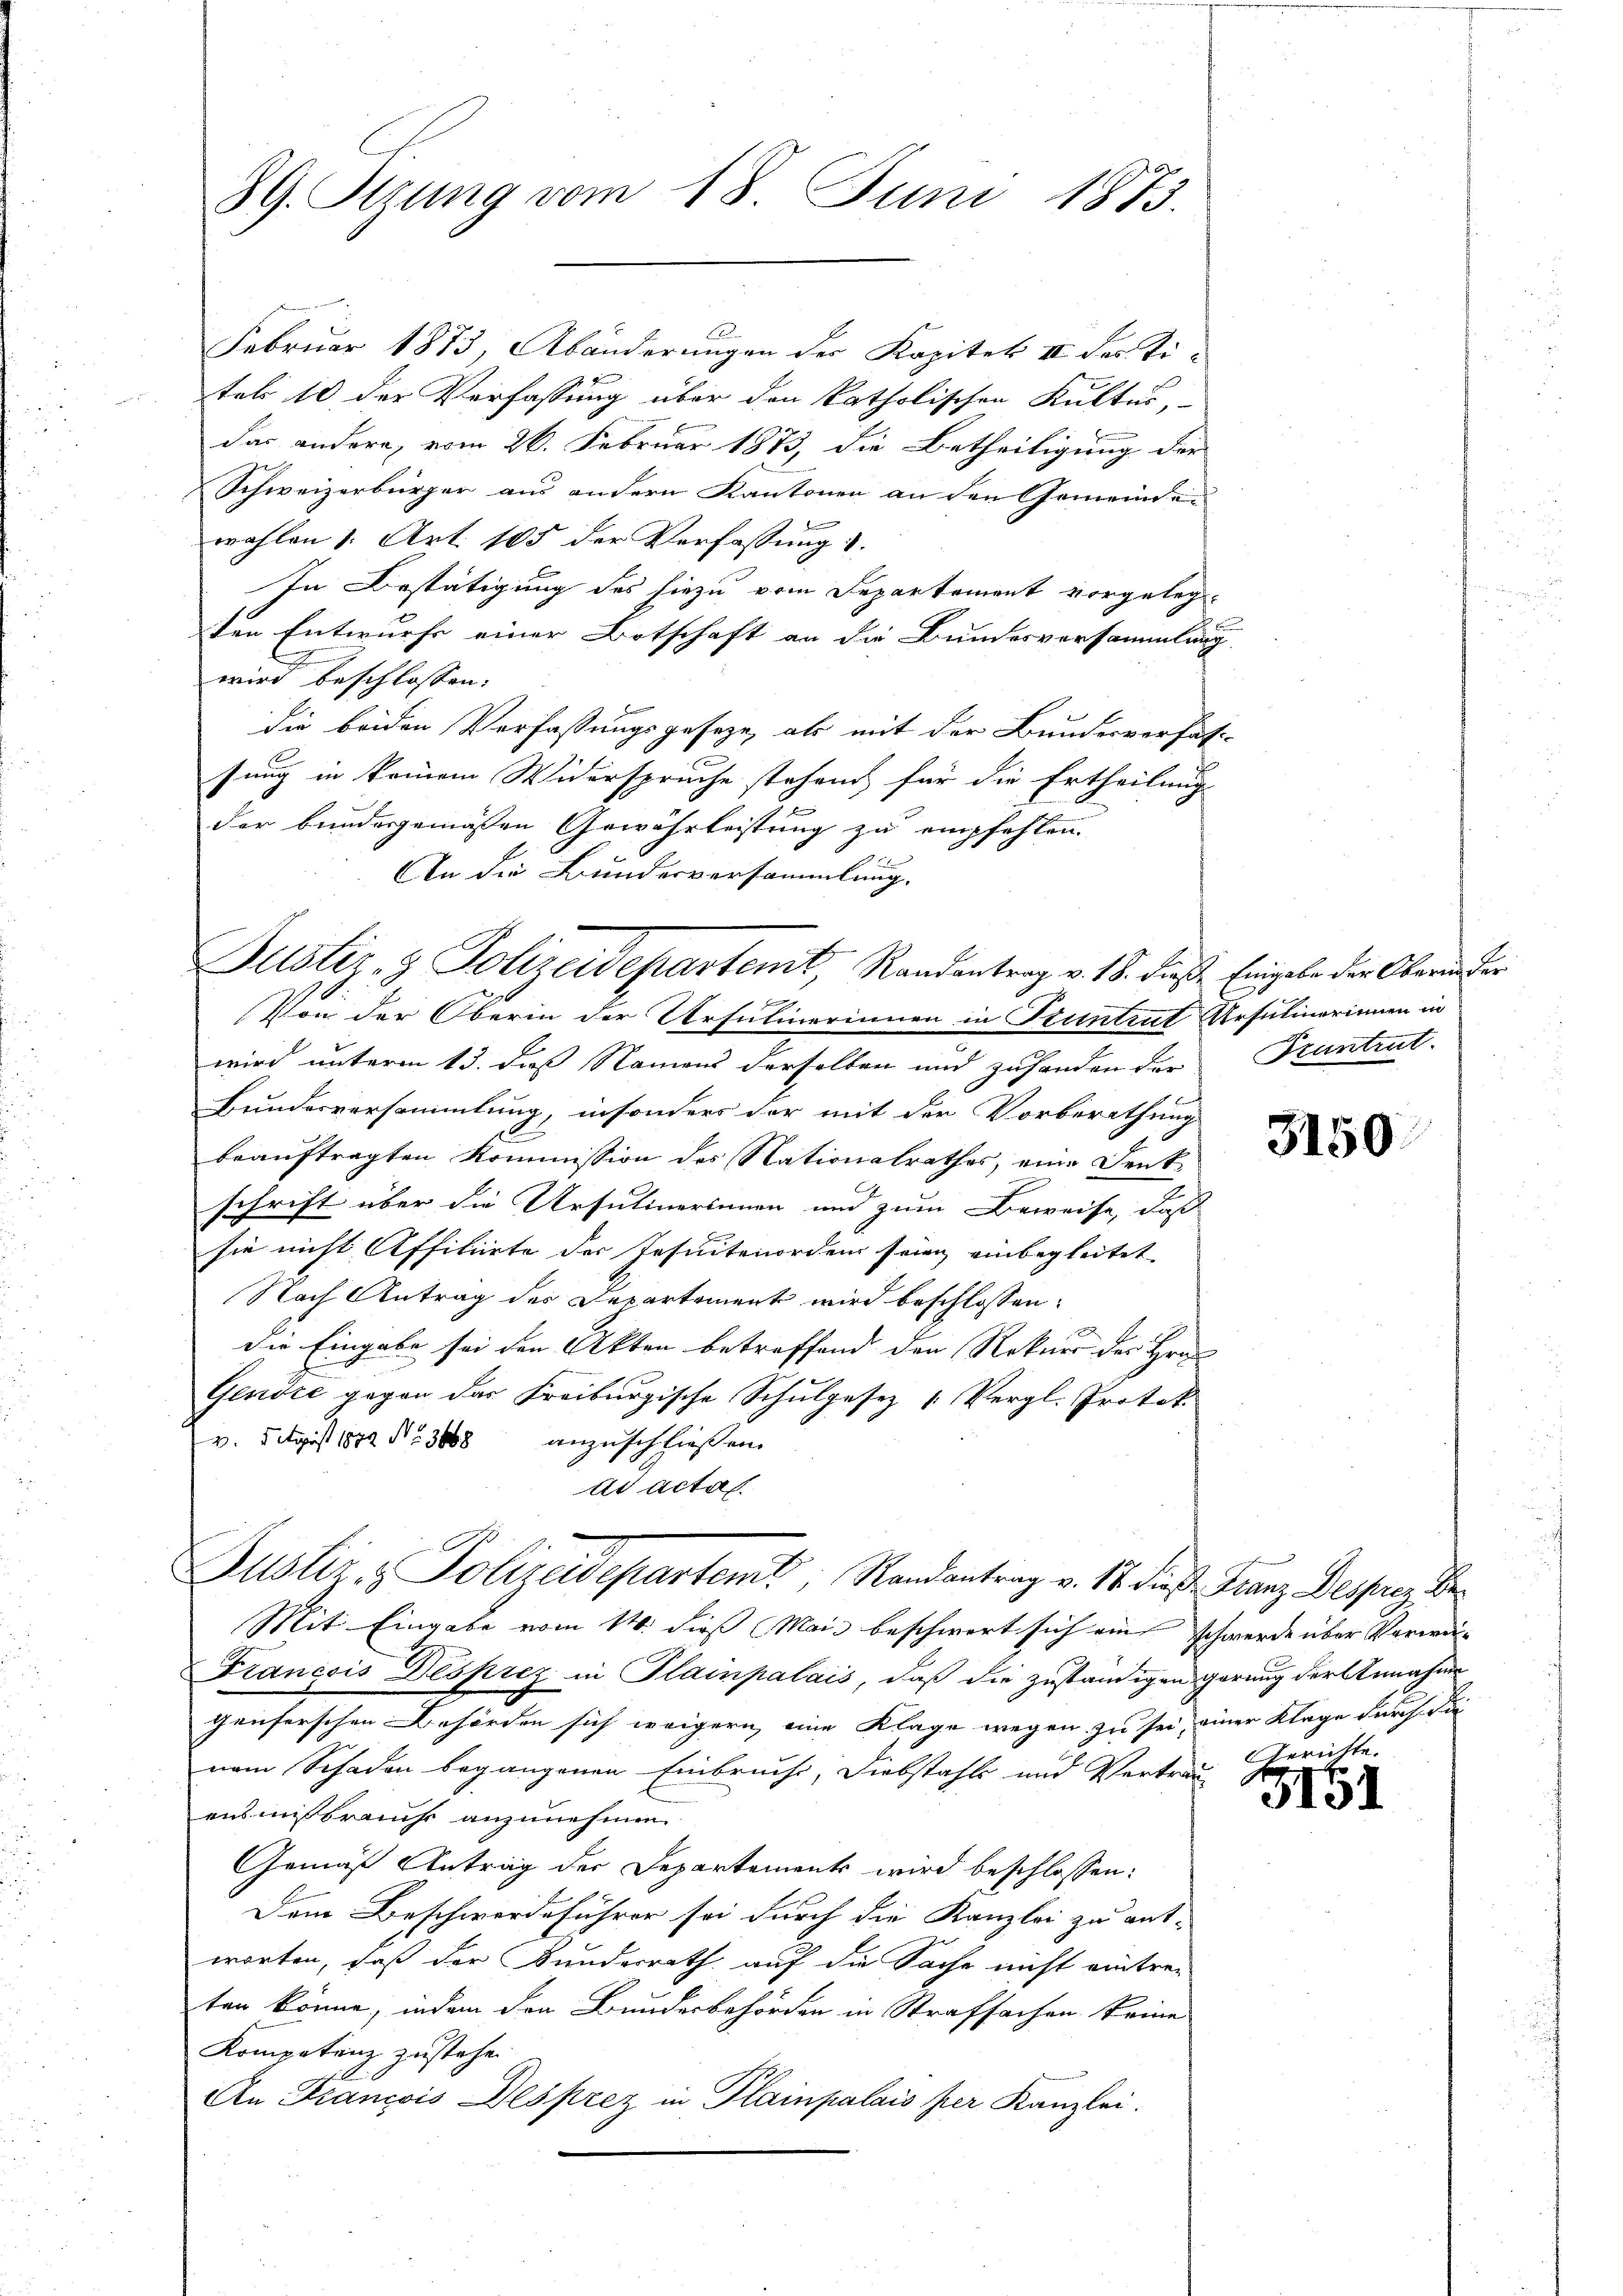
89. Sizung vom 18. Juni 1873.

Februar 1873, Abänderungen der Kapitel III des Ti-
tels 10 der Verfassung über den katholischen Kultus,
das andere, vom 26. Februar 1873, die Betheiligung der
Schweizerbürger aus andern Kantonen an den Gemeinde
dem
wahlen 1. Art. 105 der Verfassung.
In Bestätigung des hiezu vom Departement vorgelegten Entwurfe einer Botschaft an die Bundesversammlung
wird beschlossen:
die beiden Verfassungsgeseze, als mit der Bundesverfass-
sung in keinem Widerspruche stehend für die Ertheilung
der bundesgemäßen Gewährleistung zu empfehlen.
An die Bundesversammlung.
Fennen
Von der Oberin der Ursulinerinnen in Stuntrut Ursulinerinnen in
wird unterm 13. daß Namens derselben und zuhanden der Frantrat-
Bundesversammlung, insonders der mit der Vorberathung
beauftragten Kommission des Nationalrathes, eine Denk-
schrift über die Ursutinerinnen und zum Beweise, daß
sie nicht Affiliirte der Jesuitenorden seien einbegleitet.
Nach Antrag des Departement wird beschlossen:
die Eingabe sei den Akten betreffend den Rekurs der Hrn
e
Gendre gegen das Freiburgische Schulgesez  Vergl. Protok
v. Frist 1849 No 3808 anzuschließen.
td actat
Justiz & Polizeidepartent Randantrag v. 18. diese Franz Desses Be¬
Mit Eingabe vom 14. dieß Mai beschwert sich ein schwerde über Verwei¬
Francois Desprez in Plainpalais, daß die zuständigen gerung der Annahme
genferschen Behörden sich weigern eine Klage wegen zu sei, einer Klage durch die
nem Schaden begangenen Einbruchs, Diebstahls und Vertrau
ensmissbraucht anzunehmen.
Gemäß Antrag der Departements wird beschlossen:
Dem Beschwerdeführer sei durch die Kanzlei zu ent-
worten, daß der Bundesrath auf die Sache nicht eintrei-
ten könne, indem den Bundesbehörden in Strafsachen keine
Kompetenz zustehe.
An Francois Desprez in Plainpalais per Kanzlei.

Justiz- & Polizeidepartemt, Randentrag v. 18. diese Eingabe der Obern der

3150

berichte.

3161